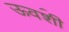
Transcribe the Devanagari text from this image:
ऊव॔शी